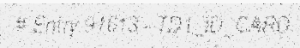
# Entry 91613 - TD1_ID_CARD